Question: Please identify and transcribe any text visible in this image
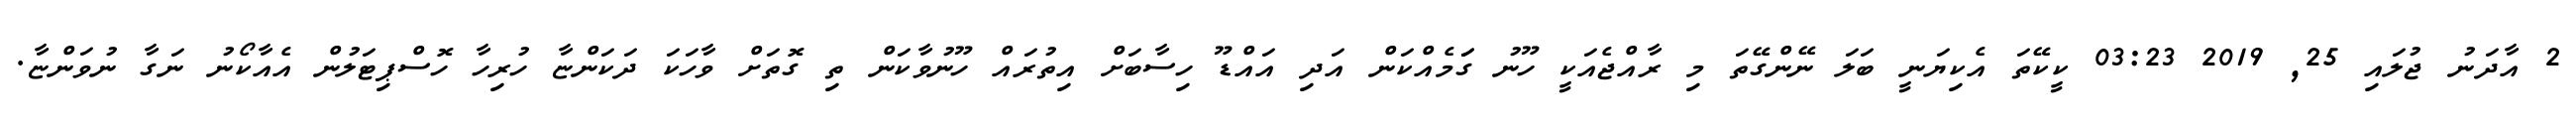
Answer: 2 އާދަނު ޖުލައި 25, 2019 03:23 ކީކޭތަ އެކިޔަނީ ބަލަ ނޭންގޭތަ މި ރާއްޖެއަކީ ހޫނު ގަަމެއްކަން އަދި އައްޑޫ ހިސާބަށް އިތުރައް ހޫނުވާކަން ތި ގޮތަށް ވާހަކަ ދަކަންޏާ ހުރިހާ ހޮސްޕިޓަލުން އެއާކޯނު ނަގާ ނުވަންޏާ.